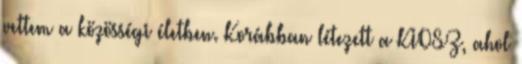
vettem a közösségi életben. Korábban létezett a KIOSZ, ahol